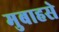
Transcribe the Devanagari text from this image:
मुबाहसे